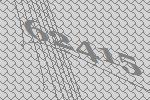
62415